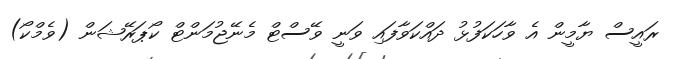
ރައީސް ޔާމީން އެ ވާހަކަފުޅު ދައްކަވާފައި ވަނީ ވޭސްޓް މެނޭޖުމަންޓް ކޯޕަރޭޝަން (ވެމްކޯ)